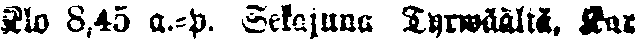
Klo 8,45 a.-p. Sekajuna Tyrwäältä, Kur